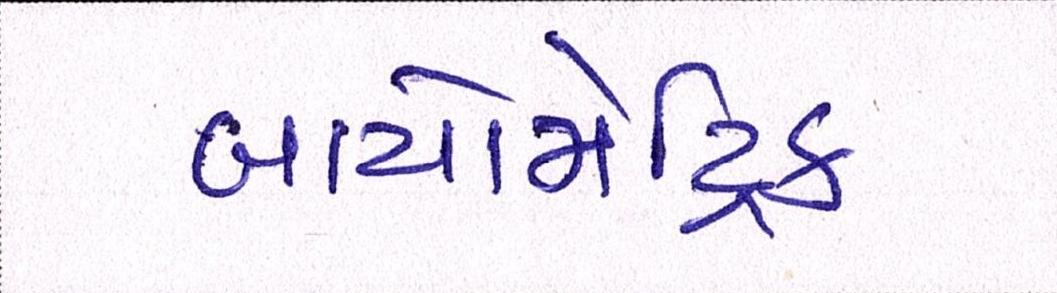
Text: બાયોમેટ્રિક